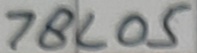
Text: 78L05